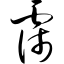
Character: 霈